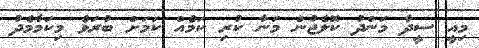
މިއީ ސީދާ މަންދު ކޮލެޖުން މަނާ ކުރި ކަމެއް ކަމަށް ބުރަވެ މިކަމާމެދު